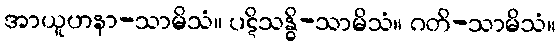
အာယူဟနာ-သာမိသံ။ ပဋိသန္ဓိ-သာမိသံ။ ဂတိ-သာမိသံ။